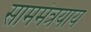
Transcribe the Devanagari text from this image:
साममंत्रयाय